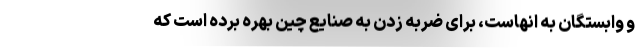
و وابستگان به انهاست، برای ضربه زدن به صنایع چین بهره برده است که